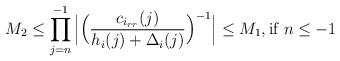
LaTeX: \begin{align*}M_{2}\leq \prod\limits_{j=n}^{-1}\Big|\Big(\frac{c_{i_{rr}}(j)}{h_{i}(j)+\Delta_{i}(j)}\Big)^{-1}\Big| \leq M_{1}, \textnormal{if $n\leq -1$} \end{align*}